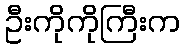
ဦးကိုကိုကြီးက